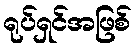
ရုပ်ရှင်အဖြစ်